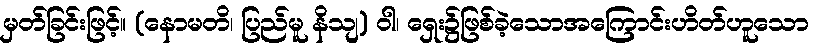
မှတ်ခြင်းဖြင့်။ (နောမတိ၊ ပြည်မူ နိသျ) ဝါ၊ ရှေး၌ဖြစ်ခဲ့သောအကြောင်းဟိတ်ဟူသော